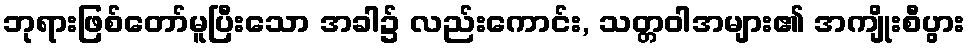
ဘုရားဖြစ်တော်မူပြီးသော အခါ၌ လည်းကောင်း, သတ္တဝါအများ၏ အကျိုးစီပွား